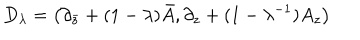
LaTeX: D _ { \lambda } = \left( { \partial _ { \bar { z } } + ( 1 - \lambda ) { \bar { A } } , \partial _ { z } + ( 1 - \lambda ^ { - 1 } ) A _ { z } } \right)